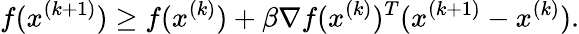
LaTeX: f(x^{(k+1)})\geq f(x^{(k)})+\beta\nabla f(x^{(k)})^{T}(x^{(k+1)}-x^{(k)}).